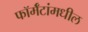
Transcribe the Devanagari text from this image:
फॉर्मॅटांमधील